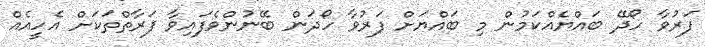
ފަރުވާ ހޯދޭ ބައްޔެއްކަމުން މި ބައްޔަށް ފަރުވާ ހޯދަން ބޭނުންވެފައިވާ ފަރާތްތަކަށް އެހީއެއް